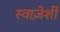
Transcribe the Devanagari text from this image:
स्वाज़ेर्शी